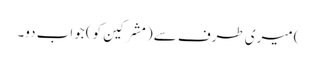
) میری طرف سے (مشرکین کو) جواب دو۔